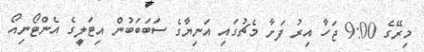
މިރޭގެ 9:00 ޖަހާ އިރު ފަށާ މެޗުގައި އަނިޔާގެ ސަބަބަބުން އިޓަލީގެ އެންޓޯނިއޯ